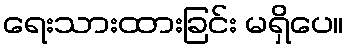
ရေးသားထားခြင်း မရှိပေ။